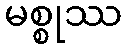
မစ္စုဿ